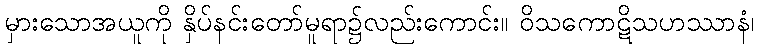
မှားသောအယူကို နှိပ်နင်းတော်မူရာ၌လည်းကောင်း။ ဝိသကောဋိသဟဿာနံ၊